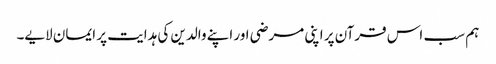
ہم سب ‌ اس قرآن پر اپنی مرضی اور اپنے والدین کی ہدایت پر ایمان لایے۔